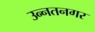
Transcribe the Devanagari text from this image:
उन्नतनगर